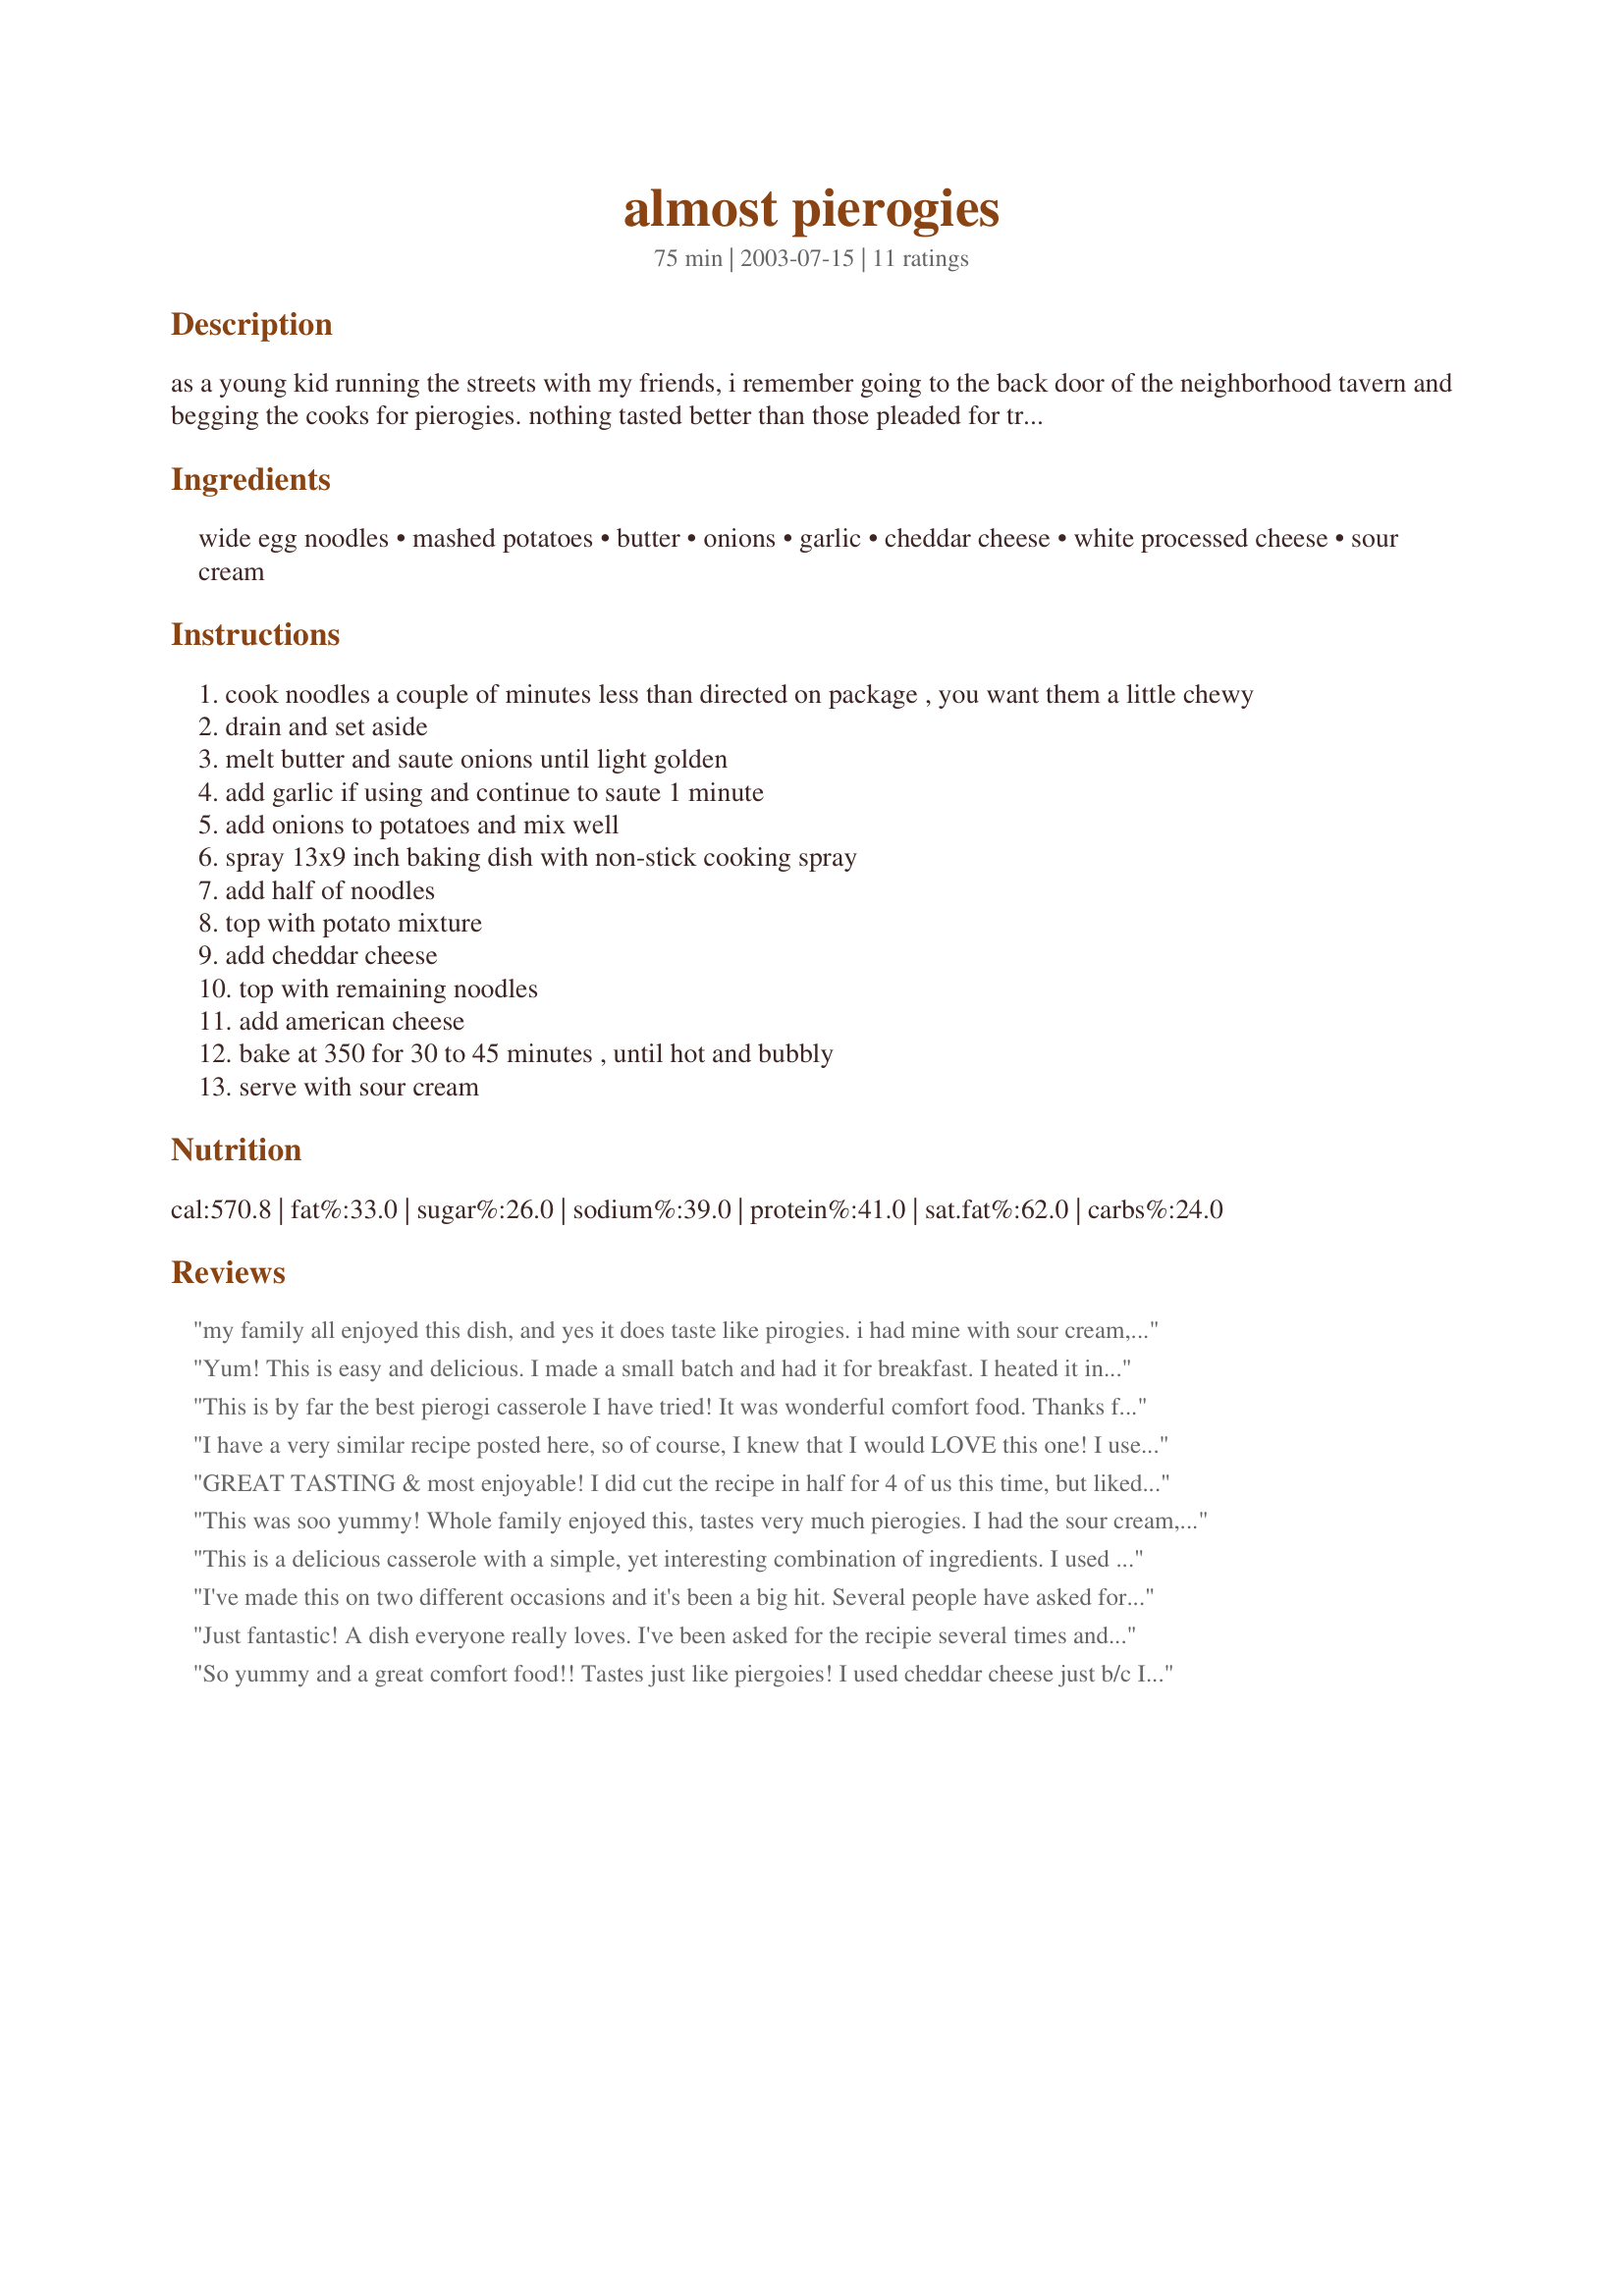
almost pierogies
Preparation time: 75 minutes

as a young kid running the streets with my friends, i remember going to the back door of the neighborhood tavern and begging the cooks for pierogies. nothing tasted better than those pleaded for treats. since i can no longer do that, here's the next best thing. hope you enjoy.

Ingredients:
wide egg noodles, mashed potatoes, butter, onions, garlic, cheddar cheese, white processed cheese, sour cream

Steps:
cook noodles a couple of minutes less than directed on package , you want them a little chewy
drain and set aside
melt butter and saute onions until light golden
add garlic if using and continue to saute 1 minute
add onions to potatoes and mix well
spray 13x9 inch baking dish with non-stick cooking spray
add half of noodles
top with potato mixture
add cheddar cheese
top with remaining noodles
add american cheese
bake at 350 for 30 to 45 minutes , until hot and bubbly
serve with sour cream

Reviews:
my family all enjoyed this dish, and yes it does taste like pirogies. i had mine with sour cream, the others preferred theirs plain. total comfort food, made for zwt4
Yum! This is easy and delicious. I made a small batch and had it for breakfast. I heated it in the microwave rather than the oven. Would be good with bits of ham added in. Thanks for sharing!
This is by far the best pierogi casserole I have tried! It was wonderful comfort food. Thanks for sharing.
I have a very similar recipe posted here, so of course, I knew that I would LOVE this one! I used the optional garlic and loved it. A big pan of cheesey comfort food. You can't beat it! Thanx for sharing your recipe!
GREAT TASTING & most enjoyable! I did cut the recipe in half for 4 of us this time, but liked it so much, that I'm already planning on making the full recipe for dinner guests within the next two weeks! I included the garlic, which added an additional nice flavor! [Made & reviewed in the Family Picks part of Zaar World Tour 4]
This was soo yummy! Whole family enjoyed this, tastes very much pierogies. I had the sour cream, but forgot about it, so will try it next time, but it was excellent without. This is a great dish and one I will be making again.
This is a delicious casserole with a simple, yet interesting combination of ingredients. I used all sharp cheddar cheese and instant mashed potatoes. My kids loved it!
I've made this on two different occasions and it's been a big hit. Several people have asked for the recipe. At the request of my daughter, I'm making it tonight. tastes just like a pierogie.
Just fantastic! A dish everyone really loves. I've been asked for the recipie several times and have had requests to make it. The real key is to make sure the onions are really carmelized. It also helps to use sliced cheese for the top layer to cover all the noodles so they don't get dried out. If you like pierogies, you'll love this. My husband doesn't even like pierogies but loves this.
So yummy and a great comfort food!! Tastes just like piergoies! I used cheddar cheese just b/c I didn't have any american cheese and it was great! Can't wait to make it again!
Tastes just like pierogies. Awesome comfort food. I used leftover mashed potatoes that had butter, garlic and sour cream already in them. The sauteed onions are really good in this. I used sharp cheddar in the first layer and topped it with velveeta slices. I halved the recipe and it came out great in an 8x8 pan. Hubby said it was really good as well. Will make again soon. Thanks for posting!
